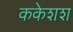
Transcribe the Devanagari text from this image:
ककेशश